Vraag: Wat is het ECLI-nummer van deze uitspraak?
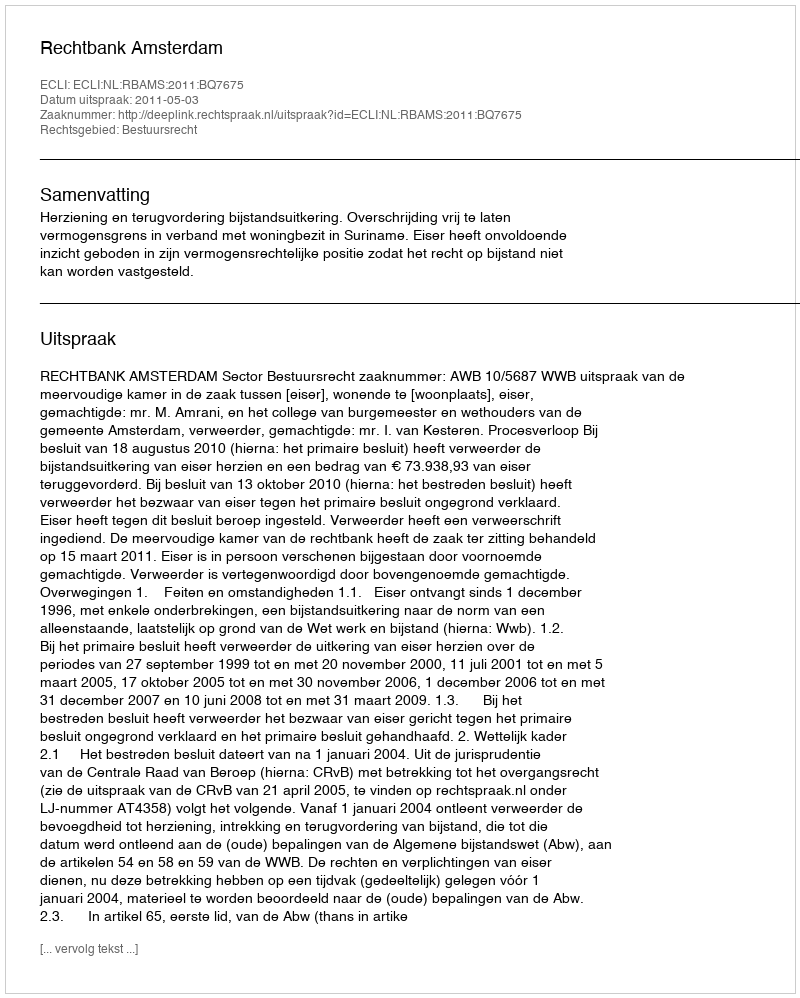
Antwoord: ECLI:NL:RBAMS:2011:BQ7675